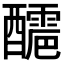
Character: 𨣬